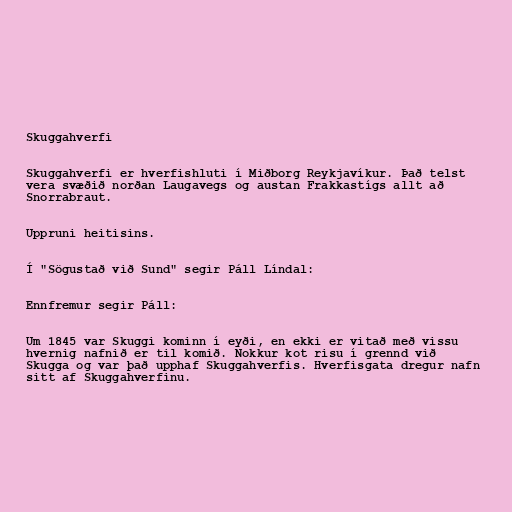
Skuggahverfi

Skuggahverfi er hverfishluti í Miðborg Reykjavíkur. Það telst
vera svæðið norðan Laugavegs og austan Frakkastígs allt að
Snorrabraut.

Uppruni heitisins.

Í "Sögustað við Sund" segir Páll Líndal:

Ennfremur segir Páll:

Um 1845 var Skuggi kominn í eyði, en ekki er vitað með vissu
hvernig nafnið er til komið. Nokkur kot risu í grennd við
Skugga og var það upphaf Skuggahverfis. Hverfisgata dregur nafn
sitt af Skuggahverfinu.